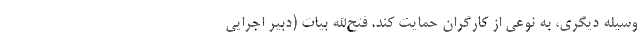
وسیله دیگری، به نوعی از کارگران حمایت کند. فتح‌الله بیات (دبیر اجرایی